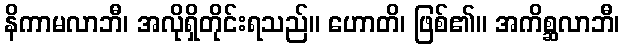
နိကာမလာဘီ၊ အလိုရှိတိုင်းရသည်။ ဟောတိ၊ ဖြစ်၏။ အကိစ္ဆလာဘီ၊